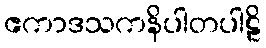
ဧကာဒသကနိပါတပါဠိ